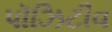
પૉઝિટીવ